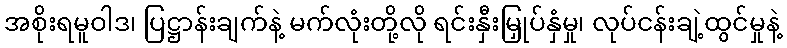
အစိုးရမူဝါဒ၊ ပြဋ္ဌာန်းချက်နဲ့ မက်လုံးတို့လို ရင်းနှီးမြှုပ်နှံမှု၊ လုပ်ငန်းချဲ့ထွင်မှုနဲ့